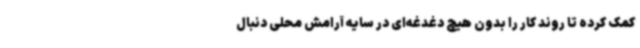
کمک کرده تا روند کار را بدون هیچ دغدغه‌ای در سایه آرامش محلی دنبال